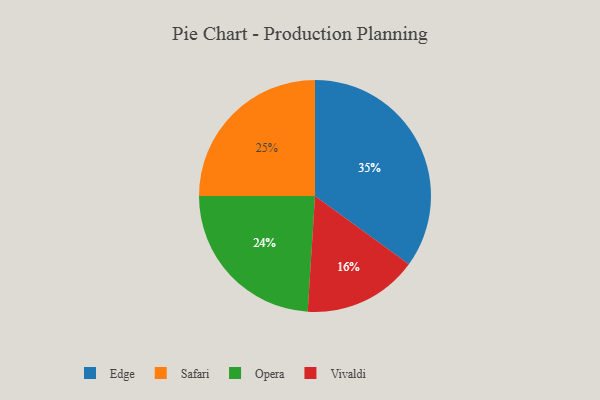
{"axis": {"x": "Category", "y": "Percentage"}, "legend": ["Edge", "Opera", "Safari", "Vivaldi"], "data": [{"x": "Opera", "y": 24, "type": "Opera"}, {"x": "Vivaldi", "y": 16, "type": "Vivaldi"}, {"x": "Edge", "y": 35, "type": "Edge"}, {"x": "Safari", "y": 25, "type": "Safari"}]}